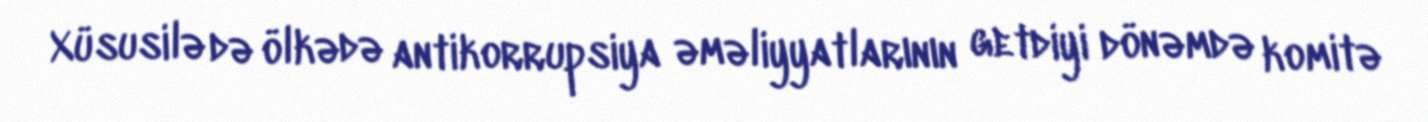
Xüsusilə də ölkədə antikorrupsiya əməliyyatlarının getdiyi dönəmdə komitə